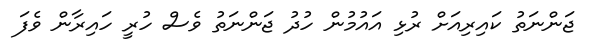
ޖަންނަތު ކައިރިއަށް ރުޅި އައުމުން ހުދު ޖަންނަތު ވެސް ހުރީ ހައިރާން ވެފަ